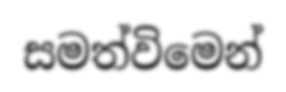
සමත්විමෙන්